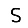
Digit: 5